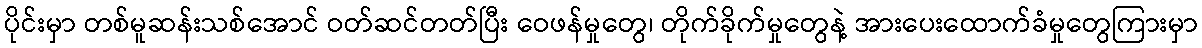
ပိုင်းမှာ တစ်မူဆန်းသစ်အောင် ဝတ်ဆင်တတ်ပြီး ဝေဖန်မှုတွေ၊ တိုက်ခိုက်မှုတွေနဲ့ အားပေးထောက်ခံမှုတွေကြားမှာ